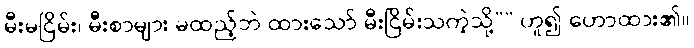
မီးမငြိမ်း၊ မီးစာများ မထည့်ဘဲ ထားသော် မီးငြိမ်းသကဲ့သို့”” ဟူ၍ ဟောထား၏။